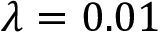
\lambda = 0 . 0 1